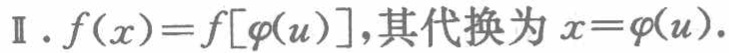
$\text{Ⅱ}.\ f(x)=f[\varphi(u)],其代换为\ x = \varphi(u).$